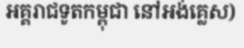
អគ្គរាជទូតកម្ពុជា នៅអង់គ្លេស)